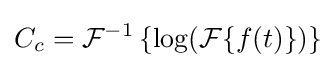
C_{c}={\mathcal {F}}^{-1}\left\{\log({\mathcal {F}}\{f(t)\})\right\}